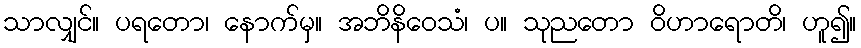
သာလျှင်။ ပရတော၊ နောက်မှ။ အဘိနိဝေသံ၊ ပ။ သုညတော ဝိဟာရောတိ၊ ဟူ၍။